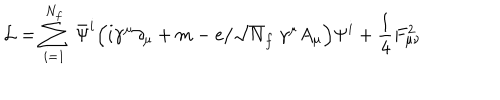
LaTeX: { \cal L } = \sum _ { i = 1 } ^ { N _ { f } } ~ \bar { { \Psi } } ^ { i } \Big ( i \gamma ^ { \mu } \partial _ { \mu } + m - e / \sqrt N _ { f } ~ \gamma ^ { \mu } A _ { \mu } \Big ) \Psi ^ { i } + \frac { 1 } { 4 } F _ { { \mu } { \nu } } ^ { 2 }